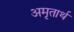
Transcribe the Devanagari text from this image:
अमृतार्थं